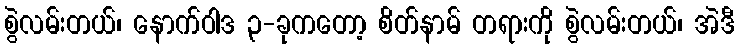
စွဲလမ်းတယ်၊ နောက်ဝါဒ ၃-ခုကတော့ စိတ်နာမ် တရားကို စွဲလမ်းတယ်၊ အဲဒီ